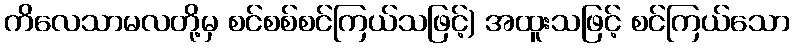
ကိလေသာမလတို့မှ စင်စစ်စင်ကြယ်သဖြင့်) အထူးသဖြင့် စင်ကြယ်သော